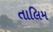
તાલિમ